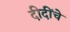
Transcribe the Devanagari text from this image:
दीदींचे